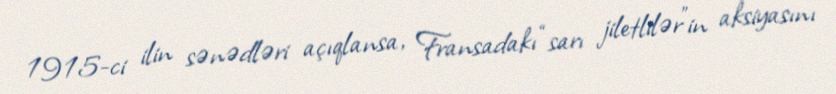
1915-ci ilin sənədləri açıqlansa, Fransadakı “sarı jiletlilər”in aksiyasını